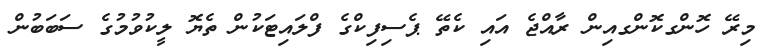
މިރޭ ހޮންގކޮންގއިން ރާއްޖެ އައި ކެތޭ ޕެސިފިކްގެ ފްލައިޓަކުން ތެޔޮ ލީކުވުމުގެ ސަބަބުން